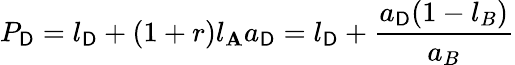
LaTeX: P_{\mathsf{D}}=l_{\mathsf{D}}+(1+r)l_{\mathbf{A}}a_{\mathsf{D}}=l_{\mathsf{D}}+{\frac{{a_{\mathsf{D}}(1-l_{B})}}{{a_{B}}}}